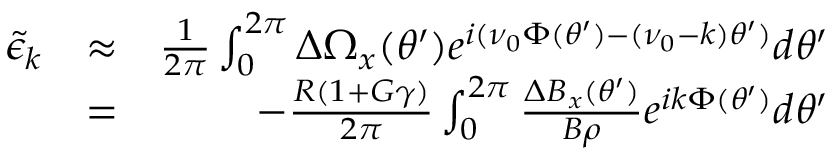
\begin{array} { r l r } { { \tilde { \epsilon } } _ { k } } & { \approx } & { \frac { 1 } { 2 \pi } \int _ { 0 } ^ { 2 \pi } \Delta \Omega _ { x } ( \theta ^ { \prime } ) e ^ { i ( \nu _ { 0 } \Phi ( \theta ^ { \prime } ) - ( \nu _ { 0 } - k ) \theta ^ { \prime } ) } d \theta ^ { \prime } } \\ & { = } & { - \frac { R ( 1 + G \gamma ) } { 2 \pi } \int _ { 0 } ^ { 2 \pi } \frac { \Delta B _ { x } ( \theta ^ { \prime } ) } { B \rho } e ^ { i k \Phi ( \theta ^ { \prime } ) } d \theta ^ { \prime } } \end{array}